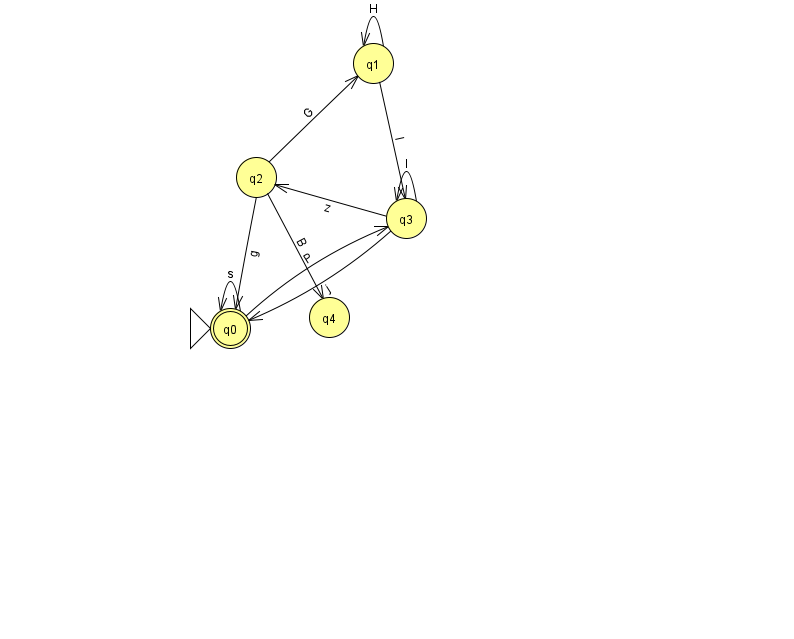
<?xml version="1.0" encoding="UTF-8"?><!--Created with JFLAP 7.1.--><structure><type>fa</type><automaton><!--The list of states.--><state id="0" name="q0"><x>230.0</x><y>315.0</y><initial/><final/></state><state id="1" name="q1"><x>373.0</x><y>50.0</y></state><state id="2" name="q2"><x>256.0</x><y>164.0</y></state><state id="3" name="q3"><x>406.0</x><y>205.0</y></state><state id="4" name="q4"><x>329.0</x><y>304.0</y></state><!--The list of transitions.--><transition><from>0</from><to>0</to><read>s</read></transition><transition><from>1</from><to>3</to><read>l</read></transition><transition><from>3</from><to>0</to><read>j</read></transition><transition><from>1</from><to>1</to><read>H</read></transition><transition><from>2</from><to>1</to><read>G</read></transition><transition><from>3</from><to>3</to><read>I</read></transition><transition><from>0</from><to>3</to><read>P</read></transition><transition><from>2</from><to>0</to><read>g</read></transition><transition><from>3</from><to>2</to><read>z</read></transition><transition><from>2</from><to>4</to><read>B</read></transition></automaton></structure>